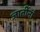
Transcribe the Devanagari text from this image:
जातींनां